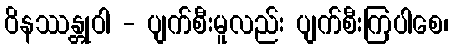
ဝိနဿန္တုဝါ - ပျက်စီးမူလည်း ပျက်စီးကြပါစေ၊